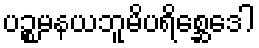
ပဉ္စမနယဘူမိပရိစ္ဆေဒေါ